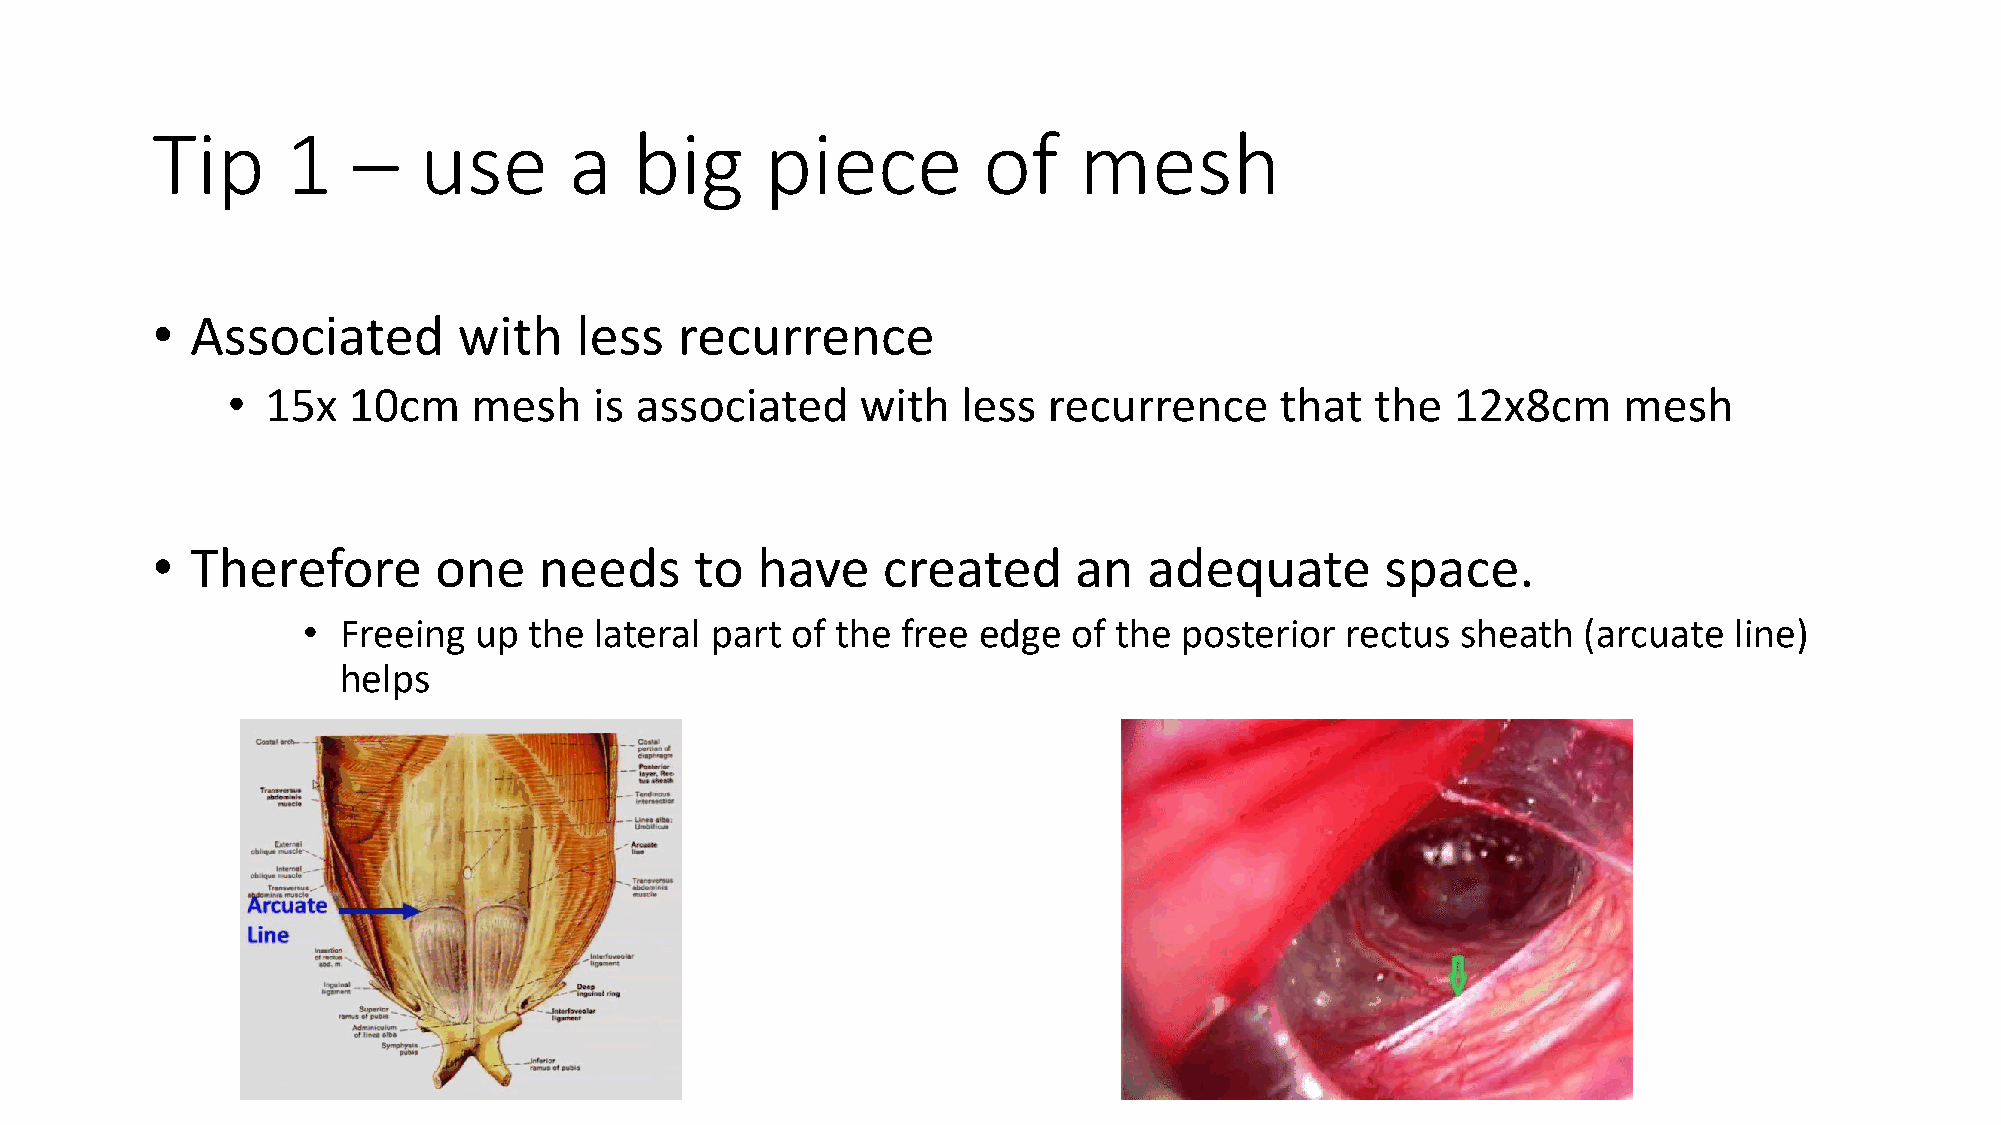
Tip      1   –    use       a   big      piece         of    mesh
 •  Associated       with    less   recurrence
 •  15x  10cm    mesh    is associated     with   less recurrence      that  the  12x8cm     mesh
 •  Therefore       one    needs     to  have    created      an   adequate        space.
 •  Freeing up  the lateral part of the  free edge  of the posterior  rectus  sheath  (arcuate  line)
 helps